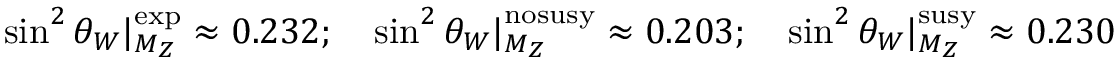
\sin ^ { 2 } \theta _ { W } | _ { M _ { Z } } ^ { \mathrm { e x p } } \approx 0 . 2 3 2 ; \quad \sin ^ { 2 } \theta _ { W } | _ { M _ { Z } } ^ { \mathrm { n o s u s y } } \approx 0 . 2 0 3 ; \quad \sin ^ { 2 } \theta _ { W } | _ { M _ { Z } } ^ { \mathrm { s u s y } } \approx 0 . 2 3 0